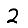
Digit: 2